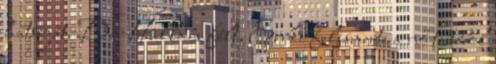
hátsóját. De Halldis félt, Errki felismerte a nő testéből